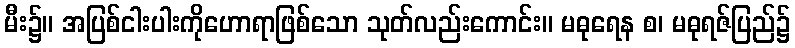
မီး၌။ အပြစ်ငါးပါးကိုဟောရာဖြစ်သော သုတ်လည်းကောင်း။ မဓုရေန စ၊ မဓုရဇ်ပြည်၌